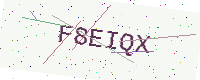
Text: F8EIQX